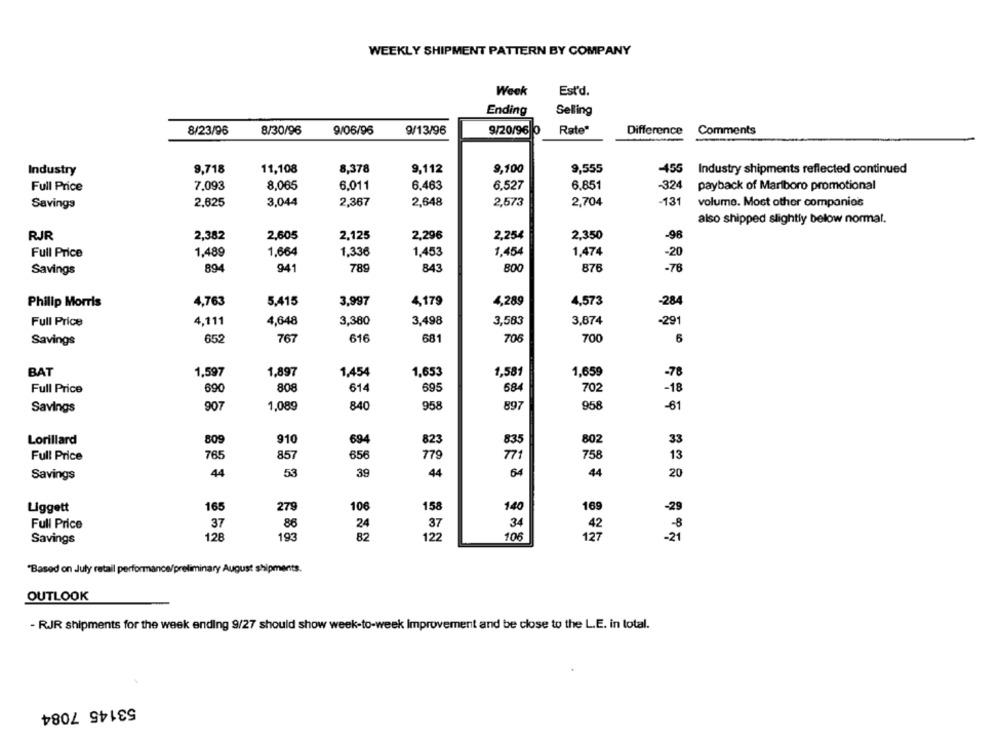
WEEKLY SHIPMENT PATTERN BY COMPANY
Week
Est'd.
Ending
Selling
8/23/96
8/30/96
9/06/96
9/13/96
9/20/96 0
Rate"
Difference
Comments
Industry
9,718
11,108
8,378
9,112
9,100
9,555
-455
Industry shipments reflected continued
7,093
8,065
6.011
6,463
6,527
6.851
-324
Full Price
payback of Marlboro promotional
-131
Savings
2,625
3,044
2,367
2,648
2,573
2,704
volume. Most other companies
also shipped slightly below normal.
RJR
2,382
2.605
2,125
2,296
2,254
2.350
-98
Full Price
1,489
1,664
1,336
1,453
1.454
1,474
-20
894
941
789
843
800
-76
Savings
876
Philip Morris
4,763
5,415
3,997
4,179
4,289
4,573
-284
4,111
3.380
3.498
3,874
Full Price
4,648
3,583
-291
Savings
652
767
616
681
706
700
6
BAT
1,897
1,653
1,581
1,659
1,597
1,454
-78
684
Full Price
690
808
614
695
70
-18
Savings
907
1,089
840
958
897
958
-61
809
910
Lorillard
694
823
835
802
33
Full Price
765
857
656
779
771
758
13
44
53
39
44
64
44
20
Savings
Liggett
165
278
106
158
140
169
-29
Full Price
37
86
24
37
34
42
-8
Savings
128
193
82
122
106
127
-21
"Based on July retail performance/preliminary August shipments.
OUTLOOK
- RJR shipments for the week ending 9/27 should show week-to-week Improvement and be close to the L.E. in total.
53145 7084